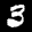
Label: 3